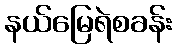
နယ်မြေရဲစခန်း